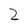
Character: 2